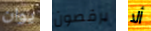
يوان يرقصون ألا